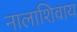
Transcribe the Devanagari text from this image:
नालाशिवाय